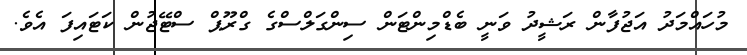
މުހައްމަދު އަޖުފާން ރަޝީދު ވަނީ ބެޑްމިންޓަން ސިންގަލްސްގެ ގްރޫޕް ސްޓޭޖުން ކަޓައިފަ އެވެ.